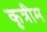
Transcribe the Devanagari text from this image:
कृत्रीम